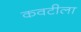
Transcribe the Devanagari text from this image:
कवटीला